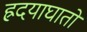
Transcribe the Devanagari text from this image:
ह्रदयाघातों